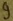
Text: 9